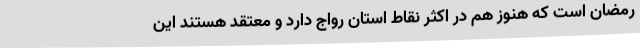
رمضان است که هنوز هم در اکثر نقاط استان رواج دارد و معتقد هستند این